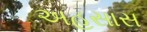
અહસાસ